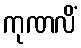
ကုဏလိံ